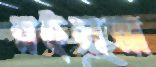
রইসরা